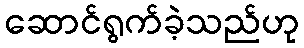
ဆောင်ရွက်ခဲ့သည်ဟု